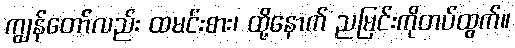
ကျွန်တော်လည်း ထမင်းစား၊ ထို့နောက် ညမြင်းကိုတပ်ထွက်။